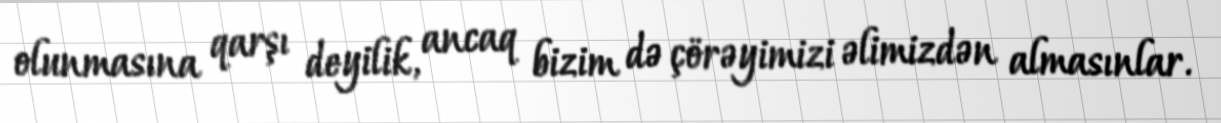
olunmasına qarşı deyilik, ancaq bizim də çörəyimizi əlimizdən almasınlar.